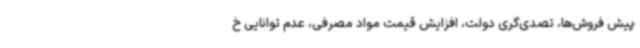
پیش فروش‌ها، تصدی‌گری دولت، افزایش قیمت مواد مصرفی، عدم توانایی خ